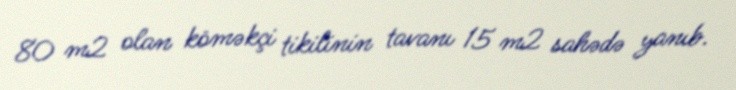
80 m2 olan köməkçi tikilinin tavanı 15 m2 sahədə yanıb.